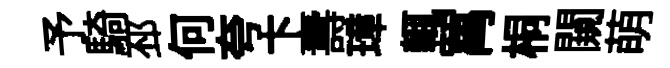
予騎邳何夸卞夀璋輒罥桐闚萌